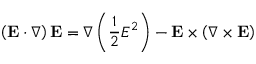
\left( \mathbf { E } \cdot \nabla \right) \mathbf { E } = \nabla \left( { \frac { 1 } { 2 } } E ^ { 2 } \right) - \mathbf { E } \times \left( \nabla \times \mathbf { E } \right)